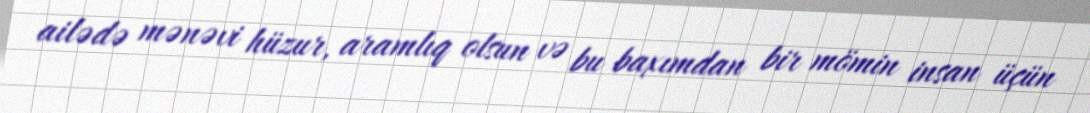
ailədə mənəvi hüzur, aramlıq olsun və bu baxımdan bir mömin insan üçün